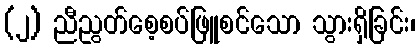
(၂) ညီညွတ်စေ့စပ်ဖြူစင်သော သွားရှိခြင်း၊